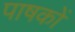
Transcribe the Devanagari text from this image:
पाषकों